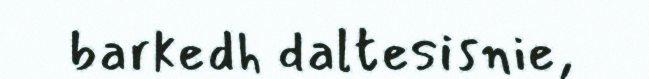
barkedh daltesisnie,